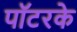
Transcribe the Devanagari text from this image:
पॉटरके